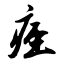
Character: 痉